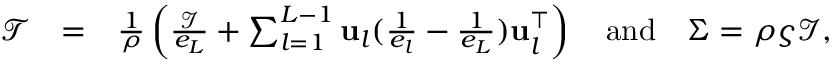
\begin{array} { r l r } { \mathcal { T } } & { = } & { \frac { 1 } { \rho } \left( \frac { \mathcal { I } } { e _ { L } } + \sum _ { l = 1 } ^ { L - 1 } \mathbf { u } _ { l } ( \frac { 1 } { e _ { l } } - \frac { 1 } { e _ { L } } ) \mathbf { u } _ { l } ^ { \top } \right) \quad \mathrm { a n d } \quad \Sigma = \rho \varsigma \mathcal { I } , } \end{array}